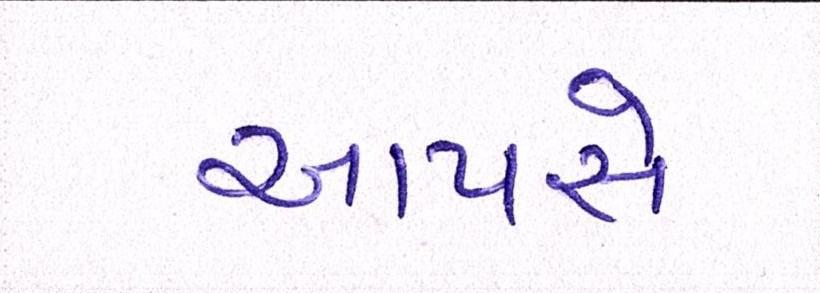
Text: આપસે